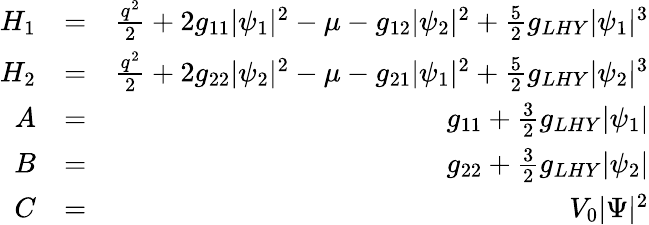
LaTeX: \begin{array}{rlr}{H_{1}}&{=}&{\frac{q^{2}}{2}+2g_{11}|\psi_{1}|^{2}-\mu-g_{12}|\psi_{2}|^{2}+\frac{5}{2}g_{LHY}|\psi_{1}|^{3}}\\ {H_{2}}&{=}&{\frac{q^{2}}{2}+2g_{22}|\psi_{2}|^{2}-\mu-g_{21}|\psi_{1}|^{2}+\frac{5}{2}g_{LHY}|\psi_{2}|^{3}}\\ {A}&{=}&{g_{11}+\frac{3}{2}g_{LHY}|\psi_{1}|}\\ {B}&{=}&{g_{22}+\frac{3}{2}g_{LHY}|\psi_{2}|}\\ {C}&{=}&{V_{0}|\Psi|^{2}}\end{array}